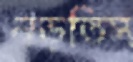
নড়তিস